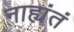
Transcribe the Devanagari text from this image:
नाह्यंतं